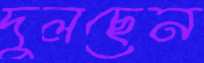
দুলছেন